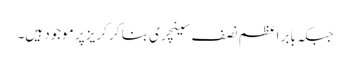
جبکہ بابر اعظم نصف سینچری بنا کر کریز پر موجود ہیں۔